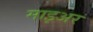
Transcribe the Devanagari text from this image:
माइअर